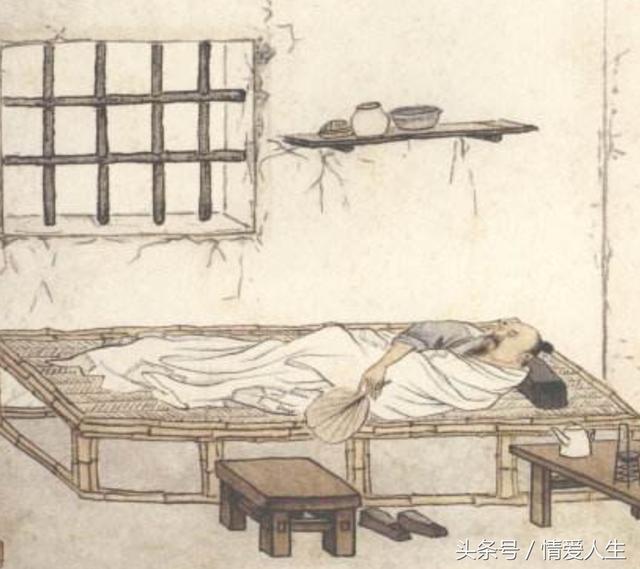
搴帷拜母河梁去，白发愁看泪眼枯。